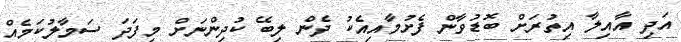
އަދި އާއިލާ އިތުރަށް ބޮޑުވާން ފެށުމާއިއެކު ދެން ލިބޭ ކުދިންނަށް މިފަދަ ސަމާލުކަމެއް